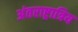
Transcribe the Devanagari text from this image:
अंतराष्ट्रात्रिय